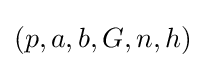
(p,a,b,G,n,h)